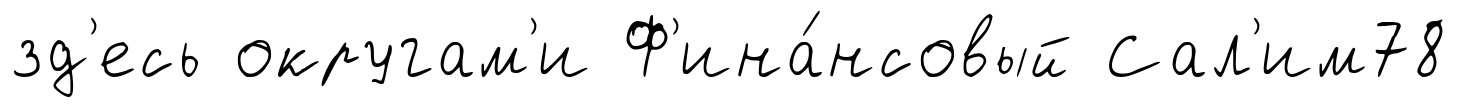
зд'есь округам'и Ф'ина́нсовый Сал'им78